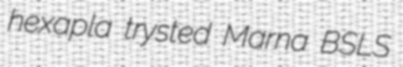
hexapla trysted Marna BSLS